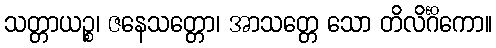
သတ္တာယဉ္စ၊ ဇနေသတ္တော၊ အာသတ္တေ သော တိလိင်္ဂိကော။